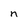
Character: n